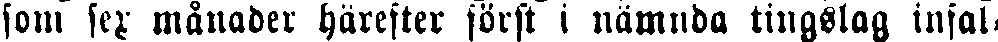
som sex månader härefter först i nämnda tingslag infal-